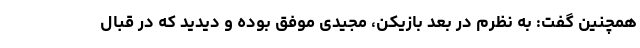
همچنین گفت: به نظرم در بعد بازیکن، مجیدی موفق بوده و دیدید که در قبال